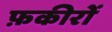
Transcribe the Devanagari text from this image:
फ़कीरों